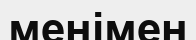
менімен